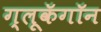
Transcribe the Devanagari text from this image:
ग्लूकॅगॉन